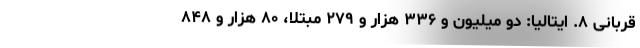
قربانی ۸. ایتالیا: دو میلیون و ۳۳۶ هزار و ۲۷۹ مبتلا، ۸۰ هزار و ۸۴۸